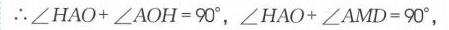
\(\therefore\angle HAO+\angle AOH = 90^{\circ},\angle HAO+\angle AMD = 90^{\circ},\)